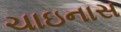
ચાઇનાસ